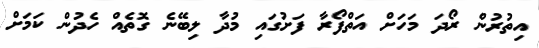
އިތުރުން ރޯދަ މަހަށް އަތްފޯރާ ފަށުގައި މުދާ ލިބޭނެ ގޮތެއް ހެދުން ކަމަށް